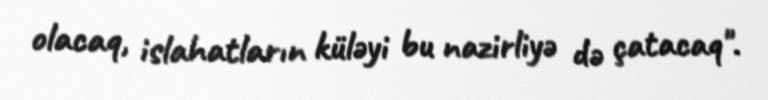
olacaq, islahatların küləyi bu nazirliyə də çatacaq".